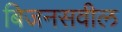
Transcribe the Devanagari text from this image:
बिजनसवील